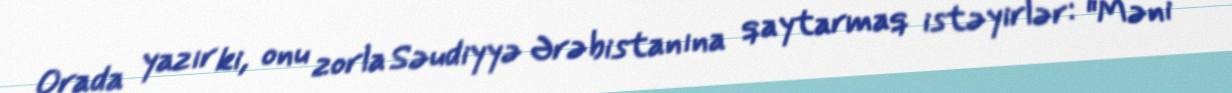
Orada yazır ki, onu zorla Səudiyyə Ərəbistanına qaytarmaq istəyirlər: "Məni